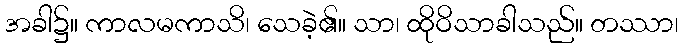
အခါ၌။ ကာလမကာသိ၊ သေခဲ့၏။ သာ၊ ထိုဝိသာခါသည်။ တဿာ၊